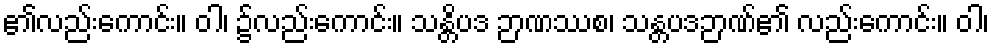
၏လည်းကောင်း။ ဝါ၊ ၌လည်းကောင်း။ သန္တိပဒ ဉာဏဿစ၊ သန္တပဒဉာဏ်၏ လည်းကောင်း။ ဝါ၊